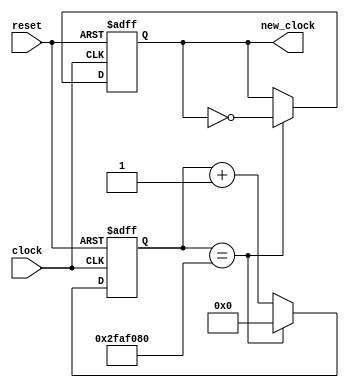
module clock_divider_1Hz(input clock, reset, output reg new_clock);

parameter MAX = 26'd50000000; 
reg [25:0] counter = 26'b0;

always @ (posedge clock or posedge reset) begin
    if (reset) begin
        new_clock <= 1'b0;
        counter <= 26'b0;      
    end else 
        if (counter == MAX) begin
            new_clock <= !new_clock;
            counter <= 26'b0;
        end else begin
            counter <= counter + 1'b1;
        end

 end

endmodule